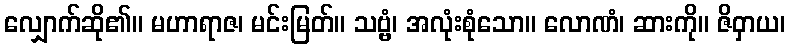
လျှောက်ဆို၏။ မဟာရာဇ၊ မင်းမြတ်။ သဗ္ဗံ၊ အလုံးစုံသော။ လောဏံ၊ ဆားကို။ ဇိဝှာယ၊